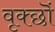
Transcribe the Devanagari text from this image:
वृक्छॊं